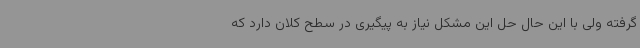
گرفته ولی با این حال حل این مشکل نیاز به پیگیری در سطح کلان دارد که